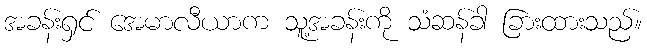
အခန်းရှင် အေမာလီယာက သူ့အခန်းကို သံဆန်ခါ ခြားထားသည်။